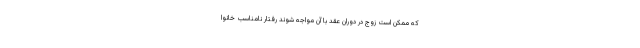
که ممکن است زوج در دوران عقد با آن مواجه شوند رفتار نامناسب خانوا